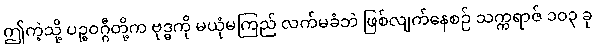
ဤကဲ့သို့ ပဉ္စဝဂ္ဂီတို့က ဗုဒ္ဓကို မယုံမကြည် လက်မခံဘဲ ဖြစ်လျက်နေစဉ် သက္ကရာဇ် ၁၀၃ ခု